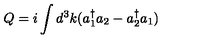
Q = i \int d ^ { 3 } k ( a _ { 1 } ^ { \dag } a _ { 2 } - a _ { 2 } ^ { \dag } a _ { 1 } )